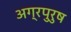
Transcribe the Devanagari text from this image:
अग्रपुरुष